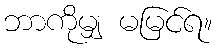
ဘာကိုမျှ မမြင်ရ။